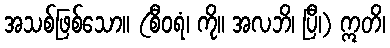
အသစ်ဖြစ်သော။ (စီဝရံ၊ ကို။ အလဘိ၊ ပြီ၊) ဣတိ၊